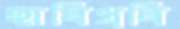
হাবিপ্রবি